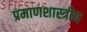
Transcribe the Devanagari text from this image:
प्रमाणशास्त्रीय